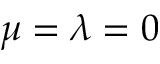
\mu = \lambda = 0